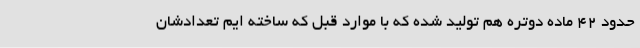
حدود 42 ماده دوتره هم تولید شده که با موارد قبل که ساخته ایم تعدادشان